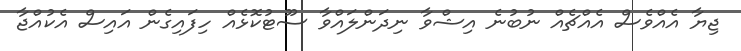
ޖިޔާ އެއްވެސް އެއްޗެއް ނުބުނެ އިޝްވާ ނިދަންލައްވާ ސޫޓުކޮޅެއް ހިފައިގެން އައިސް އެކުއްޖާ